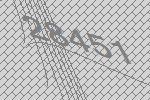
28451